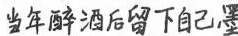
当年醉酒后留下自己